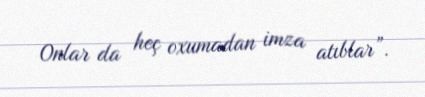
Onlar da heç oxumadan imza atıblar”.